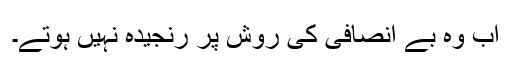
اب وہ بے انصافی کی روش پر رنجیدہ نہیں ہوتے۔